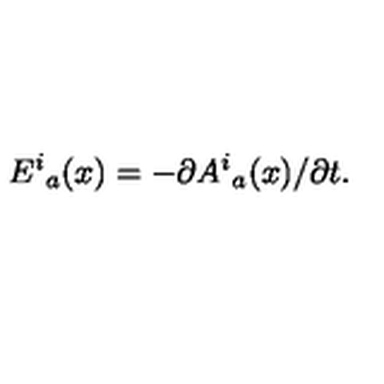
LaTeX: { E ^ { i } } _ { a } ( x ) = - \partial { A ^ { i } } _ { a } ( x ) / \partial t .